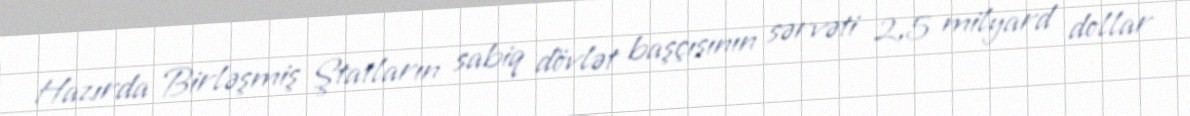
Hazırda Birləşmiş Ştatların sabiq dövlət başçısının sərvəti 2,5 milyard dollar